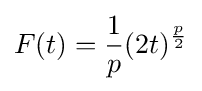
F(t)={\frac {1}{p}}(2t)^{\frac {p}{2}}